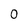
Character: 0